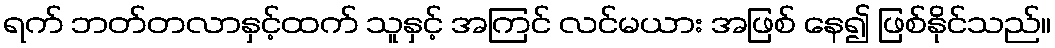
ရက် ဘတ်တလာနှင့်ထက် သူနှင့် အကြင် လင်မယား အဖြစ် နေ၍ ဖြစ်နိုင်သည်။